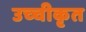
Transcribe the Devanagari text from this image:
उच्‍चीकृत